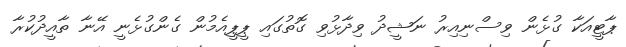
ޕާޓީއަކާ ގުޅެން ވިސްނިއިރު ނަޝީދު ވިދާޅުވި ގޮތުގައި ޕީޕީއެމުން ގެންގުޅެނީ އޭނާ ތާއީދުކުރާ